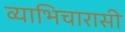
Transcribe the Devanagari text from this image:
व्याभिचारासी